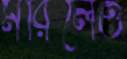
মরিলেও